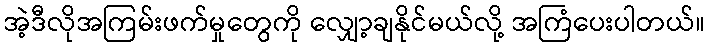
အဲ့ဒီလိုအကြမ်းဖက်မှုတွေကို လျှော့ချနိုင်မယ်လို့ အကြံပေးပါတယ်။